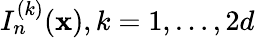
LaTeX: I_{n}^{(k)}({\mathbf x}),k=1,\ldots,2d